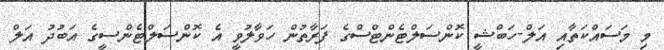
މި މަސައްކަތާއި އަލް-ހަބްޝީ ކޮންސަލްޓެންޓްސްގެ ފަރާތުން ހަވާލުވީ އެ ކޮންސަލްޓެންސީގެ އަބުދު އަލް